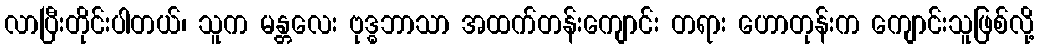
လာပြီးတိုင်းပါတယ်၊ သူက မန္တလေး ဗုဒ္ဓဘာသာ အထက်တန်းကျောင်း တရား ဟောတုန်းက ကျောင်းသူဖြစ်လို့